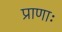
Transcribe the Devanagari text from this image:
प्राणाः